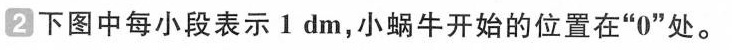
2下图中每小段表示1dm，小蜗牛开始的位置在”0”处。